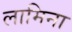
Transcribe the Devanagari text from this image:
लामिना